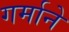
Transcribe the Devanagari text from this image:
गर्माने